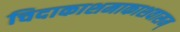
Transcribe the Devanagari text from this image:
चिदाकाशमाकाशवासम्